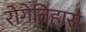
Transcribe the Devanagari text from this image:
रोगेतिहास